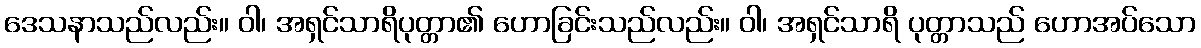
ဒေသနာသည်လည်း။ ဝါ၊ အရှင်သာရိပုတ္တာ၏ ဟောခြင်းသည်လည်း။ ဝါ၊ အရှင်သာရိ ပုတ္တာသည် ဟောအပ်သော